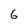
Character: 6